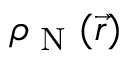
\rho _ { \textrm { N } } ( \vec { r } )